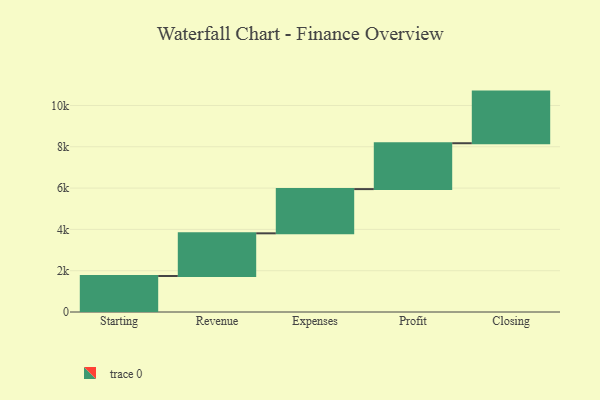
{"axis": {"x": "Step", "y": "Value"}, "legend": [""], "data": [{"x": "Starting", "y": 1744.0, "type": ""}, {"x": "Revenue", "y": 2066.0, "type": ""}, {"x": "Expenses", "y": 2141.0, "type": ""}, {"x": "Profit", "y": 2221.0, "type": ""}, {"x": "Closing", "y": 2500.0, "type": ""}]}